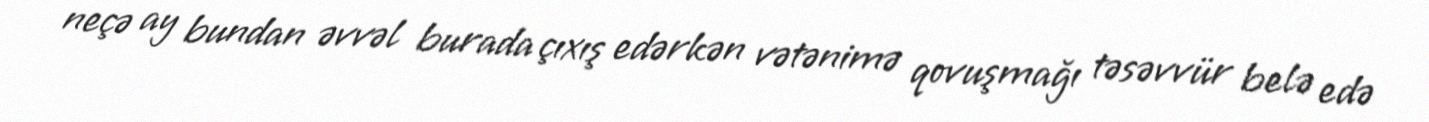
neçə ay bundan əvvəl burada çıxış edərkən vətənimə qovuşmağı təsəvvür belə edə